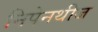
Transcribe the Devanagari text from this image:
निपेनथीज